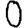
Digit: 0